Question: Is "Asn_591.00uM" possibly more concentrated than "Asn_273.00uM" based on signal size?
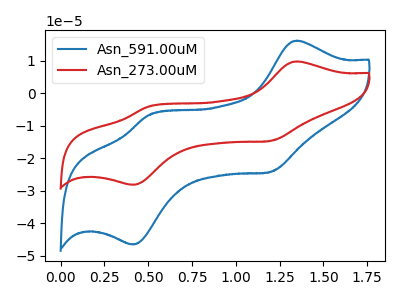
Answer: <think>The blue curve "Asn_591.00uM" has anodic peaks at (1.35V, 16.20uA) (0.50V, -6.70uA) and cathodic peaks at (1.20V, -24.25uA) (0.40V, -46.60uA). The red curve "Asn_273.00uM" has anodic peaks at (1.35V, 9.80uA) (0.50V, -4.05uA) and cathodic peaks at (1.20V, -14.65uA) (0.40V, -28.20uA).
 All the peaks in "Asn_591.00uM" have a peak in "Asn_273.00uM" at the same potential.</think>
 <answer>I cant tell if "Asn_591.00uM" or "Asn_273.00uM" has more signal.</answer>
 <eval>mixed_signal</eval>